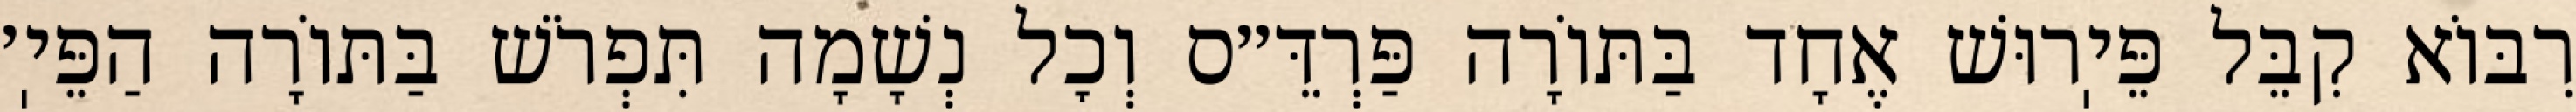
רִבּוֹא קִבֵּל פֵּיֽרוּשׁ אֶחָד בַּתּוֹרָה פַּרְדֵּ״ס וְכׇל נְשָׁמָה תִּפְרֹשׁ בַּתּוֹרָה הַפֵּיֽ׳